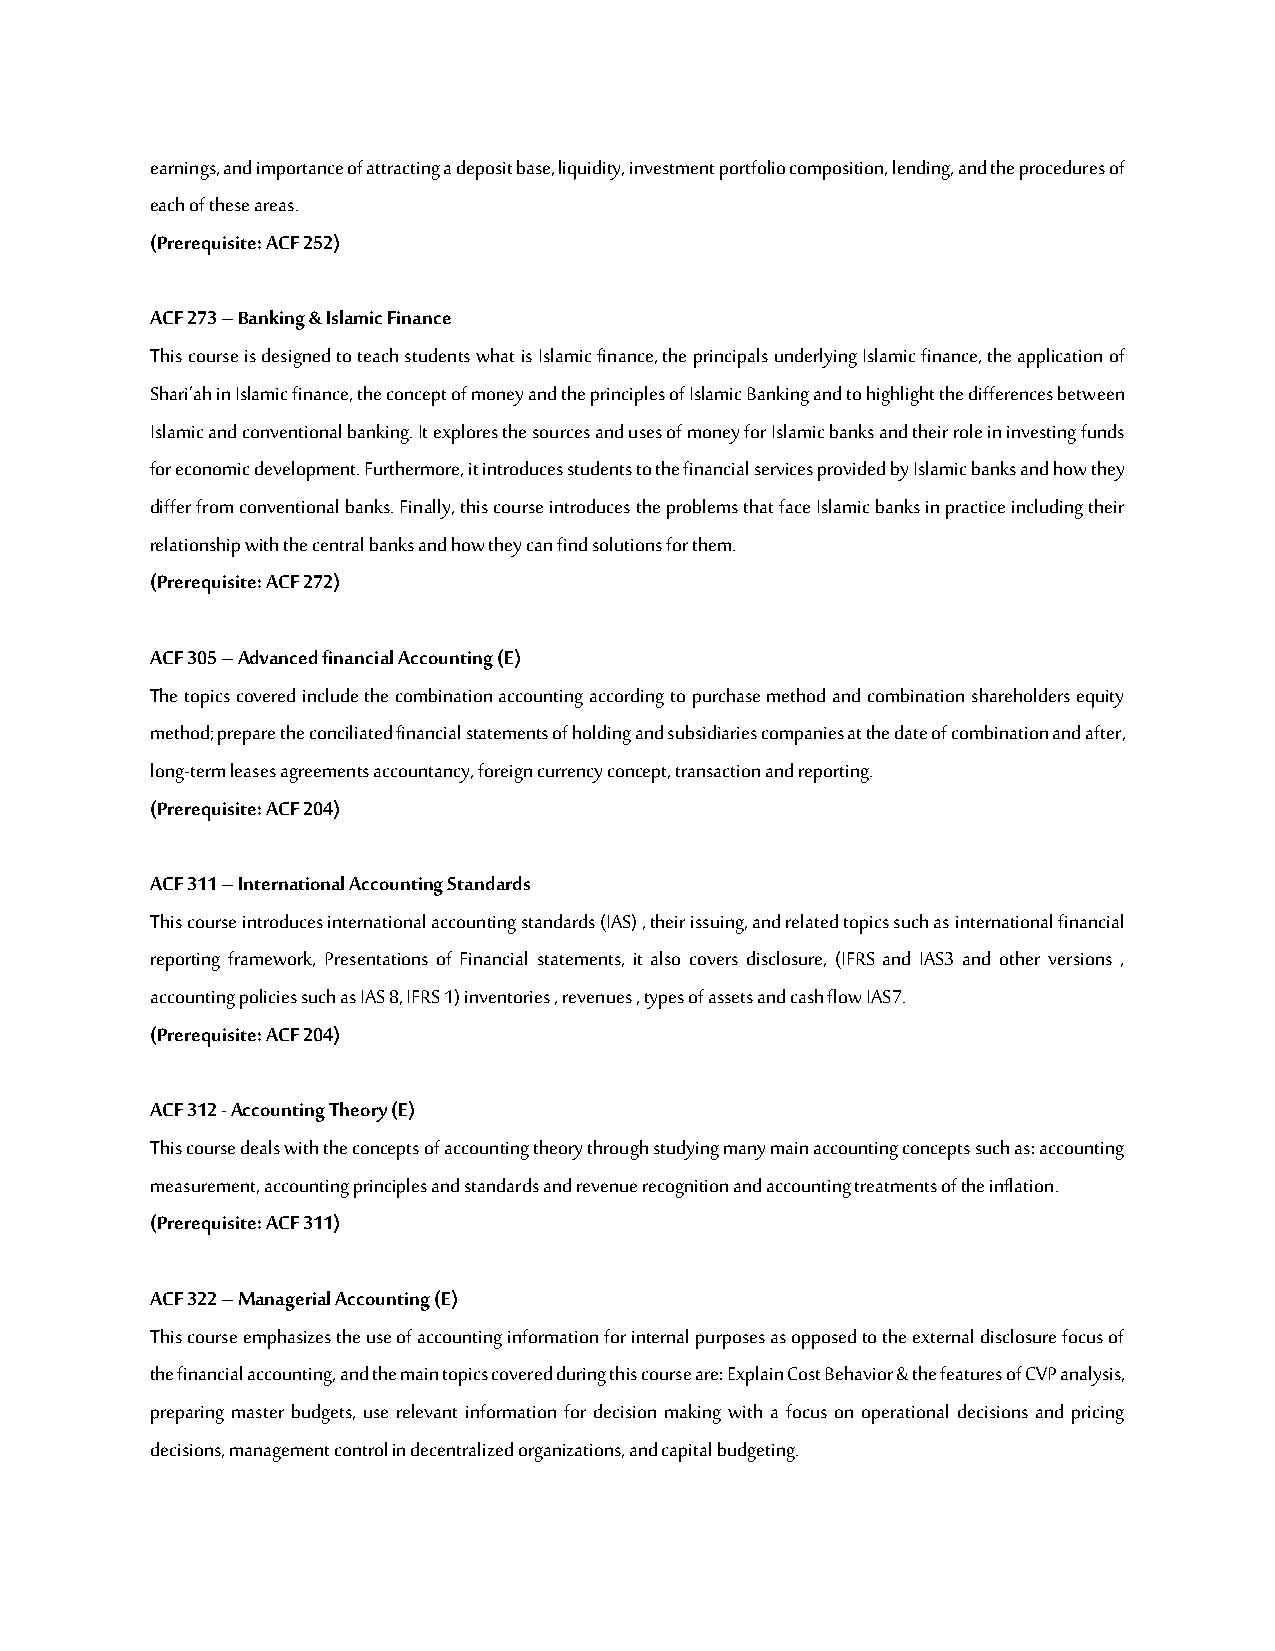
earnings, and importance of attracting a deposit base, liquidity, investment portfolio composition, lending, and the procedures of
 each of these areas.
 (Prerequisite: ACF 252)
 ACF 273 – Banking & Islamic Finance
 This course is designed to teach students what is Islamic finance, the principals underlying Islamic finance, the application of
 Shari’ah in Islamic finance, the concept of money and the principles of Islamic Banking and to highlight the differences between
 Islamic and conventional banking. It explores the sources and uses of money for Islamic banks and their role in investing funds
 for economic development. Furthermore, it introduces students to the financial services provided by Islamic banks and how they
 differ from conventional banks. Finally, this course introduces the problems that face Islamic banks in practice including their
 relationship with the central banks and how they can find solutions for them.
 (Prerequisite: ACF 272)
 ACF 305 – Advanced financial Accounting (E)
 The topics covered include the combination accounting according to purchase method and combination shareholders equity
 method; prepare the conciliated financial statements of holding and subsidiaries companies at the date of combination and after,
 long-term leases agreements accountancy, foreign currency concept, transaction and reporting.
 (Prerequisite: ACF 204)
 ACF 311 – International Accounting Standards
 This course introduces international accounting standards (IAS) , their issuing, and related topics such as international financial
 reporting framework, Presentations of Financial statements, it also covers disclosure, (IFRS and IAS3 and other versions ,
 accounting policies such as IAS 8, IFRS 1) inventories , revenues , types of assets and cash flow IAS7.
 (Prerequisite: ACF 204)
 ACF 312 - Accounting Theory (E)
 This course deals with the concepts of accounting theory through studying many main accounting concepts such as: accounting
 measurement, accounting principles and standards and revenue recognition and accounting treatments of the inflation.
 (Prerequisite: ACF 311)
 ACF 322 – Managerial Accounting (E)
 This course emphasizes the use of accounting information for internal purposes as opposed to the external disclosure focus of
 the financial accounting, and the main topics covered during this course are: Explain Cost Behavior & the features of CVP analysis,
 preparing master budgets, use relevant information for decision making with a focus on operational decisions and pricing
 decisions, management control in decentralized organizations, and capital budgeting.